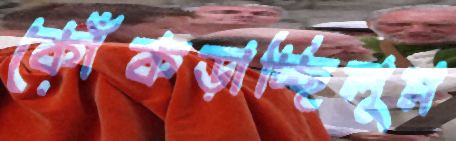
কোঁকড়াচ্ছিলুম